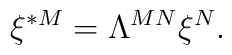
\xi ^{*M}=\Lambda ^{MN}\xi ^{N}.